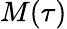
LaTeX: M(\tau)